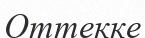
Оттекке